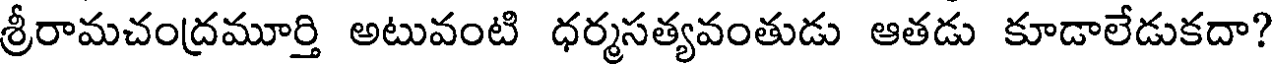
శ్రీరామచంద్రమూర్తి అటువంటి ధర్మసత్యవంతుడు ఆతడు కూడాలేడుకదా?